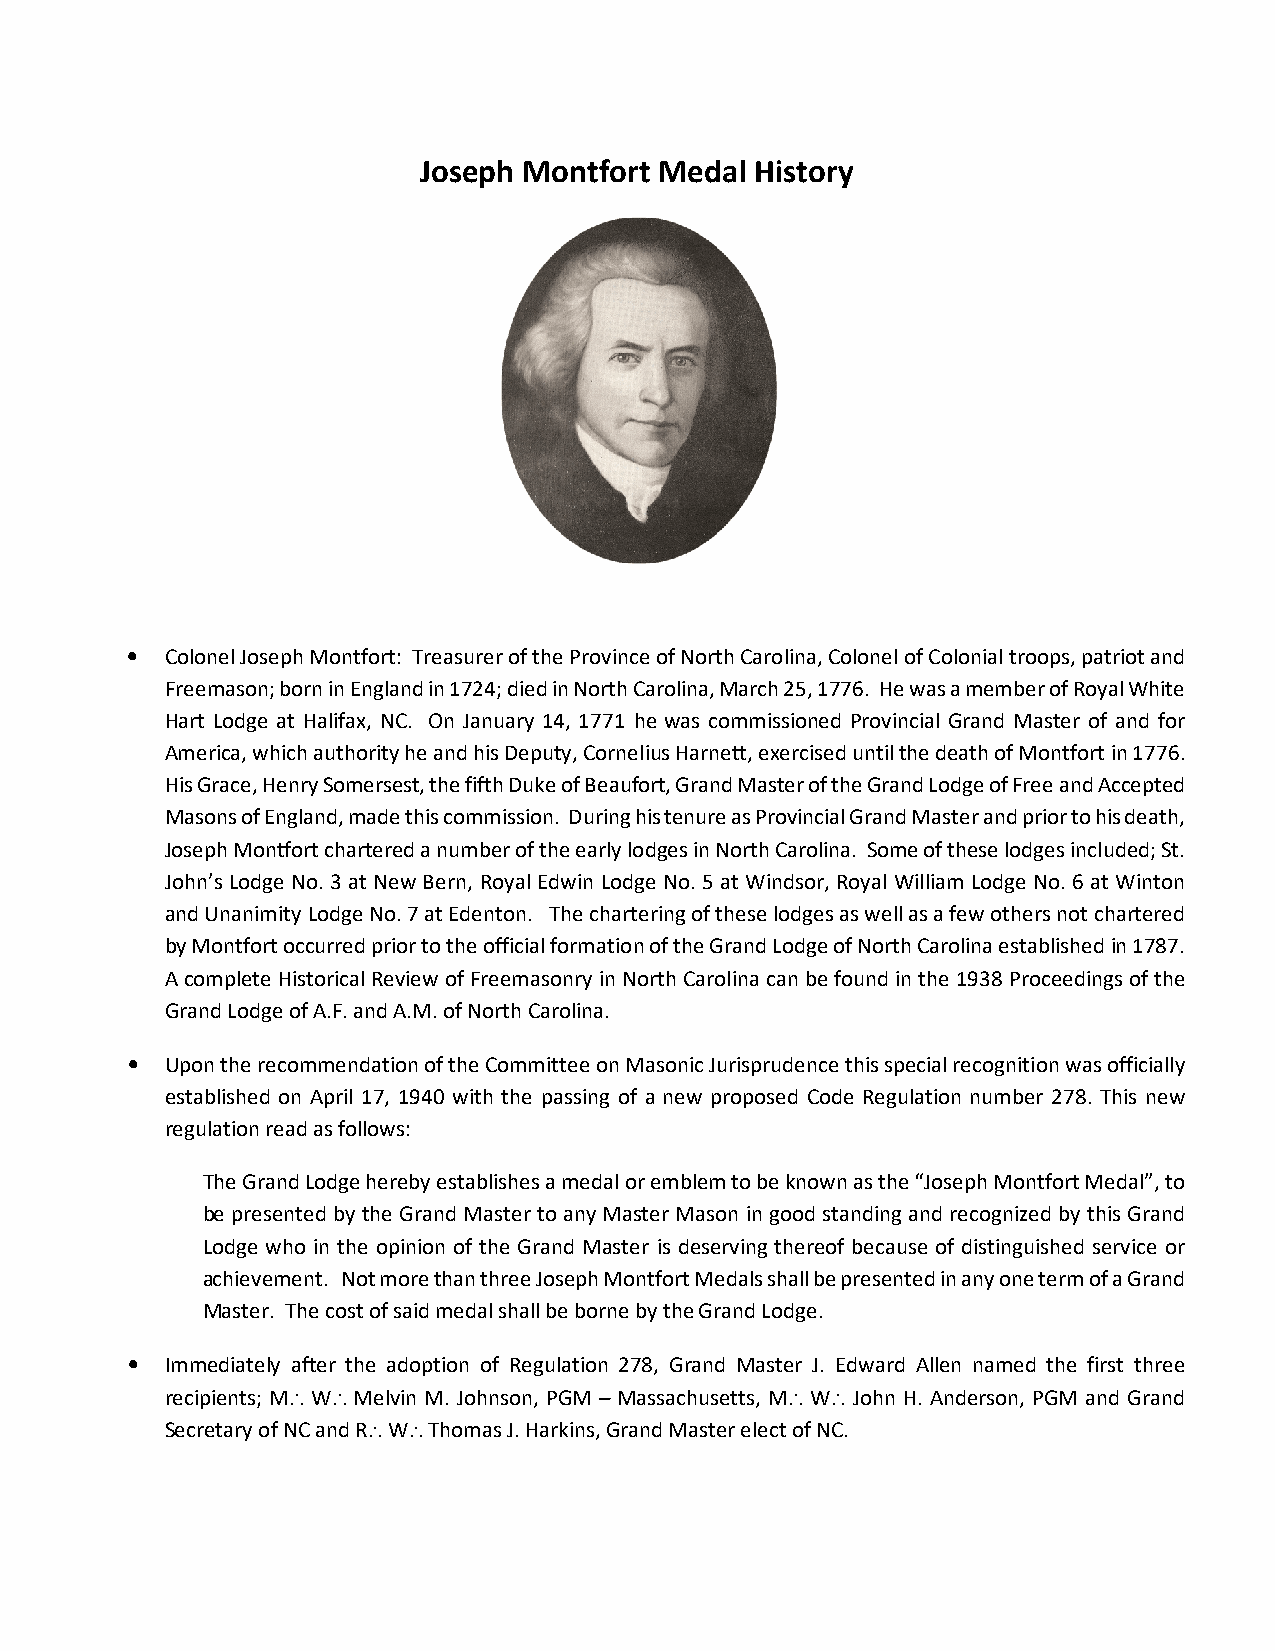
Joseph Montfort Medal History
 •  Colonel Joseph Montfort: Treasurer of the Province of North Carolina, Colonel of Colonial troops, patriot and
 Freemason; born in England in 1724; died in North Carolina, March 25, 1776. He was a member of Royal White
 Hart Lodge at Halifax, NC. On January 14, 1771 he was commissioned Provincial Grand Master of and for
 America, which authority he and his Deputy, Cornelius Harnett, exercised until the death of Montfort in 1776.
 His Grace, Henry Somersest, the fifth Duke of Beaufort, Grand Master of the Grand Lodge of Free and Accepted
 Masons of England, made this commission. During his tenure as Provincial Grand Master and prior to his death,
 Joseph Montfort chartered a number of the early lodges in North Carolina. Some of these lodges included; St.
 John’s Lodge No. 3 at New Bern, Royal Edwin Lodge No. 5 at Windsor, Royal William Lodge No. 6 at Winton
 and Unanimity Lodge No. 7 at Edenton. The chartering of these lodges as well as a few others not chartered
 by Montfort occurred prior to the official formation of the Grand Lodge of North Carolina established in 1787.
 A complete Historical Review of Freemasonry in North Carolina can be found in the 1938 Proceedings of the
 Grand Lodge of A.F. and A.M. of North Carolina.
 •  Upon the recommendation of the Committee on Masonic Jurisprudence this special recognition was officially
 established on April 17, 1940 with the passing of a new proposed Code Regulation number 278. This new
 regulation read as follows:
 The Grand Lodge hereby establishes a medal or emblem to be known as the “Joseph Montfort Medal”, to
 be presented by the Grand Master to any Master Mason in good standing and recognized by this Grand
 Lodge who in the opinion of the Grand Master is deserving thereof because of distinguished service or
 achievement. Not more than three Joseph Montfort Medals shall be presented in any one term of a Grand
 Master. The cost of said medal shall be borne by the Grand Lodge.
 •  Immediately after the adoption of Regulation 278, Grand Master J. Edward Allen named the first three
 recipients; M... W... Melvin M. Johnson, PGM – Massachusetts, M... W... John H. Anderson, PGM and Grand
 Secretary of NC and R... W... Thomas J. Harkins, Grand Master elect of NC.